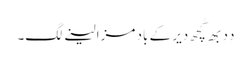
دِدِ بھِ کُچھ دیر کے باد مزا لینے لگِ۔